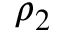
\rho _ { 2 }